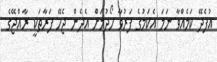
އުފެދޭ ކަމެއްވާ ނަމަ އެކަމުގެ ފަރުވާ ހޯދުމަށް އެދެން ޖެހޭ ފަރާތަކީ ރާއްޖޭގެ